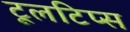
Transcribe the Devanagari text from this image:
टूलटिप्स